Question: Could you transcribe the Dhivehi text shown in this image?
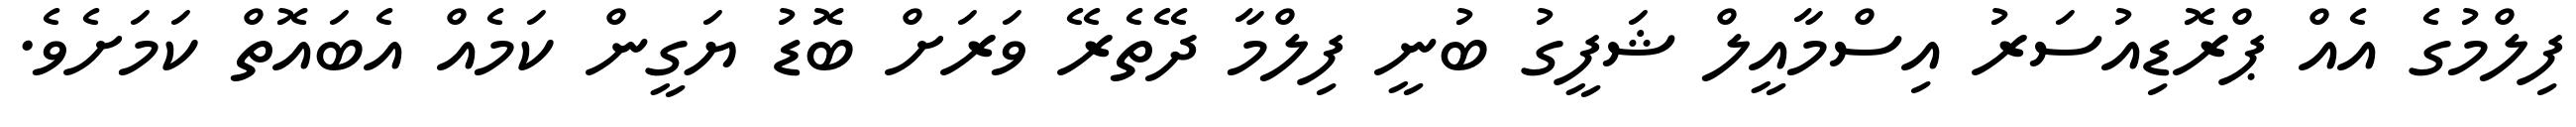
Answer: ފިލްމުގެ އެއް ޕްރޮޑިއުސަރު އިސްމާއީލް ޝަފީގު ބުނީ ފިލްމާ ދޭތެރޭ ވަރަށް ބޮޑު ޔަގީން ކަމެއް އެބައޮތް ކަމަށެވެ.